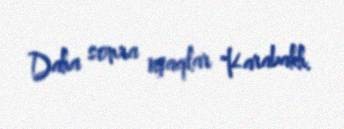
Daha sonra uşaqlar "Karabakh.